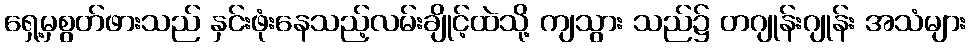
ရှေ့မှစွတ်ဖားသည် နှင်းဖုံးနေသည့်လမ်းချိုင့်ထဲသို့ ကျသွား သည်၌ တဂျုန်းဂျုန်း အသံများ